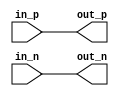
module diff_buffer (
    input wire in_p,
    input wire in_n,
    output wire out_p,
    output wire out_n
);

assign out_p = in_p;
assign out_n = in_n;

endmodule